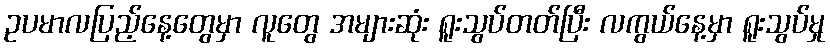
ဥပမာလပြည့်နေ့တွေမှာ လူတွေ အများဆုံး ရူးသွပ်တတ်ပြီး လကွယ်နေ့မှာ ရူးသွပ်မှု